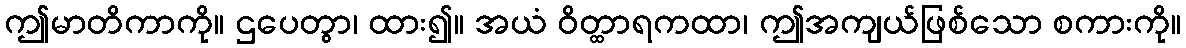
ဤမာတိကာကို။ ဌပေတွာ၊ ထား၍။ အယံ ဝိတ္ထာရကထာ၊ ဤအကျယ်ဖြစ်သော စကားကို။